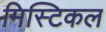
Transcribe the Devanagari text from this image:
मिस्टिकल